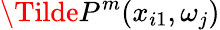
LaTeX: \Tilde{P}^{m}(x_{i1},\omega_{j})